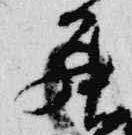
罷